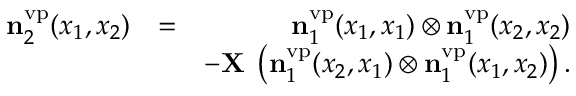
\begin{array} { r l r } { \ensuremath { \mathbf { n } } _ { 2 } ^ { \ensuremath { \mathrm { v p } } } ( x _ { 1 } , x _ { 2 } ) } & { = } & { \ensuremath { \mathbf { n } } _ { 1 } ^ { \ensuremath { \mathrm { v p } } } ( x _ { 1 } , x _ { 1 } ) \otimes \ensuremath { \mathbf { n } } _ { 1 } ^ { \ensuremath { \mathrm { v p } } } ( x _ { 2 } , x _ { 2 } ) } \\ & { } & { - \ensuremath { \mathbf { X } } \; \left( \ensuremath { \mathbf { n } } _ { 1 } ^ { \ensuremath { \mathrm { v p } } } ( x _ { 2 } , x _ { 1 } ) \otimes \ensuremath { \mathbf { n } } _ { 1 } ^ { \ensuremath { \mathrm { v p } } } ( x _ { 1 } , x _ { 2 } ) \right) . } \end{array}